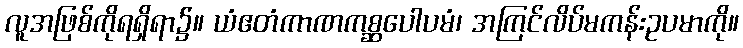
လူအဖြစ်ကိုရရှိရာ၌။ ယံဧတံကာဏကစ္ဆပေါပမံ၊ အကြင်လိပ်မကန်းဥပမာကို။